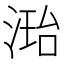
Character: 𪶝